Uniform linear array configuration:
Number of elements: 16
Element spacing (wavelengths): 0.75
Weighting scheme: uniform
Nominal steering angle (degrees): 0
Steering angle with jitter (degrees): -0.8513
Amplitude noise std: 0.05
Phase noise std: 0.05

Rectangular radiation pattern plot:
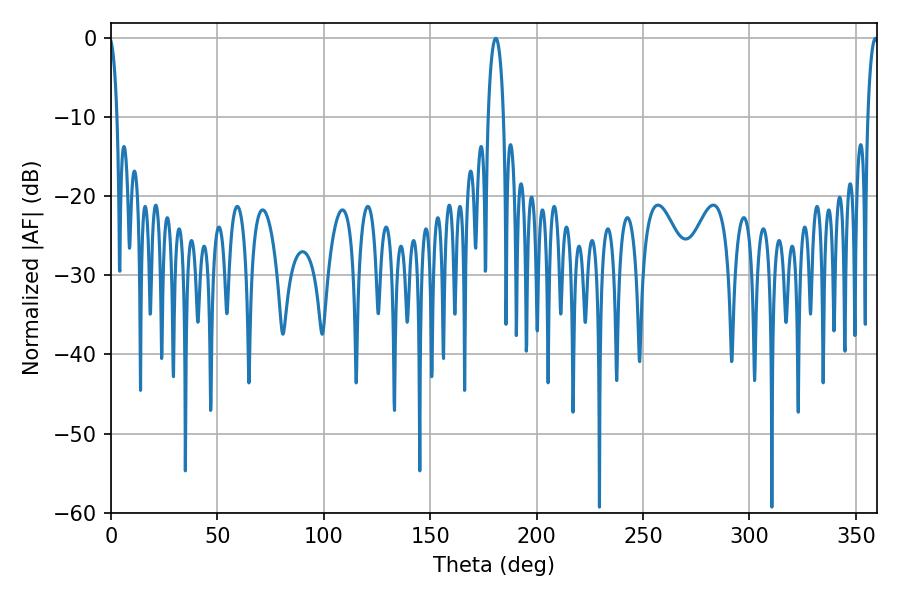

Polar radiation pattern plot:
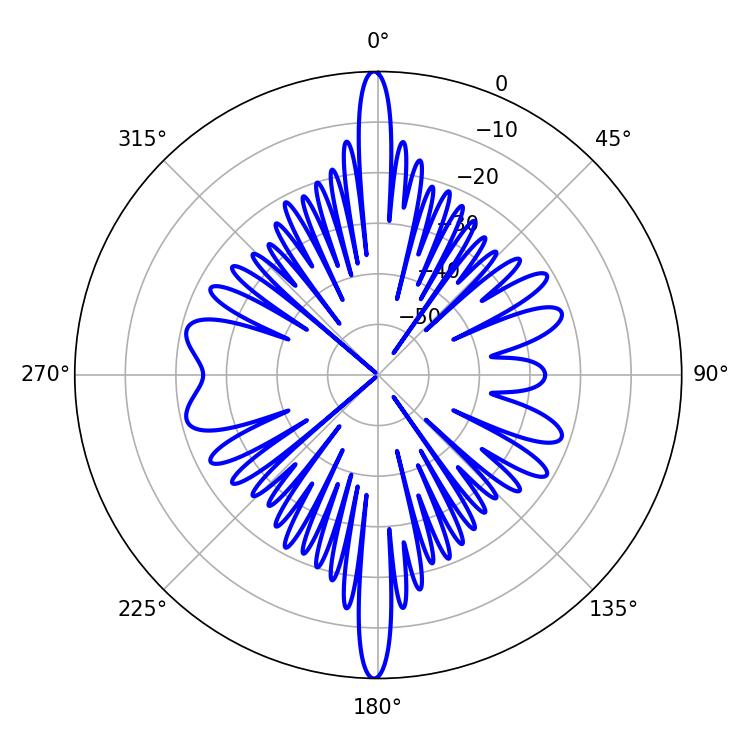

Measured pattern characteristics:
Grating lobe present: TRUE
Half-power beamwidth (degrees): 4.14
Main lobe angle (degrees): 180.72